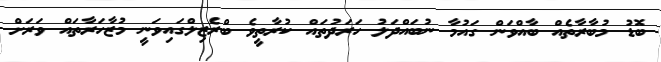
ބޮޑު މުބާރާތެއް ބާއްވަން ގައުމާ ނުބައްދަލު ހަރަދުތައް ކުރާތީވެ ބްރެޒިލްގައިވަނީ މުޒާހަރާތައް ވަރަށް